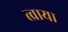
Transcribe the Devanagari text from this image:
त्व्राया